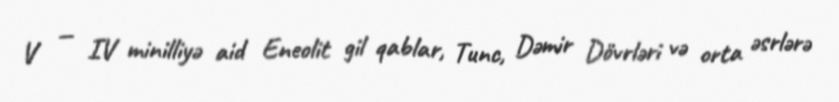
V — IV minilliyə aid Eneolit gil qablar, Tunc, Dəmir Dövrləri və orta əsrlərə